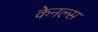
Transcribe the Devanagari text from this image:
केनल्स